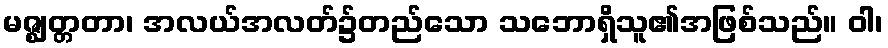
မဇ္ဈတ္တတာ၊ အလယ်အလတ်၌တည်သော သဘောရှိသူ၏အဖြစ်သည်။ ဝါ၊